Report on vaccination in Madras 1922-1929 - 1922-1929
Year: 1922
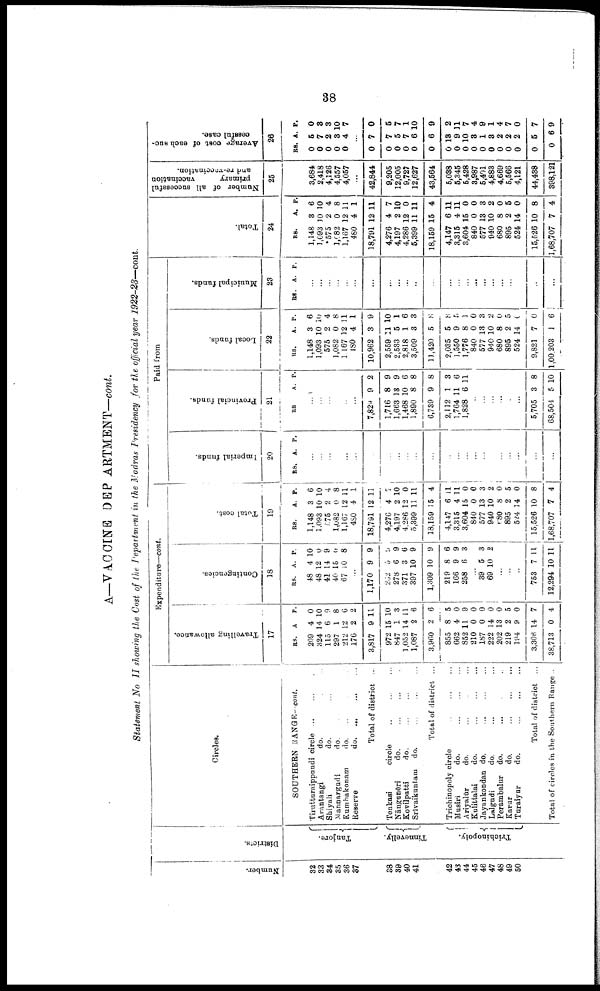
38
A—VACCINE DEPARTMENT—cont.
Statement No II showing the Cost of the Department in the Madras Presidency for the official year 1922-23—cont.
Number.
32
33
34
35
36
37
38
39
40
41
42
43
44
45
46
47
48
49
50
Districts.
Tanjore.
Tinnevelly.
Trichinopoly.
Circles.
SOUTHERN RANG E—cont.
Tirutturaippundi circle ... ... ...
Arantangi
do. ... ... ...
Shiyali
do. ... ... ...
Mannargudi
do. ... ... ...
Kumbakonam
do. ... ... ...
Reserve
do. ... ... ...
Total of district ...
Tenkasi
circle ... ... ...
Nāugunēri
do. ... ... ...
Kovilpatti
do. ... ... ...
Srīvaikuntam
do. ... ... ...
Total of district ...
Trichinopoly circle ... ... ...
Musiri
do. ... ... ...
Ariyalūr
do. ... ... ...
Kulittalai
do.
...
...
...
Jayankondan do. ... ... ...
Lalgudi
do. ... ... ...
Perambalur
do. ... ... ...
Karur
do.
...
...
...
Turaiyur
do.
...
...
...
Total of district ...
Total of circles in the Southern Range ..
Expenditure—cont.
Travelling allowance.
17
RS.
209
324
115
297
212
176
3,817
972
847
1,052
1,087
3,960
855
662
852
210
187
222
202
219
194
3,306
38,713
A.
4
14
6
1
12
2
9
15
1
14
2
2
8
4
11
0
0
14
13
2
9
14
0
P.
0
10
9
8
6
2
11
10
3
11
6
6
5
0
9
0
0
0
0
5
0
7
4
Contingencies.
18
RS.
48
48
41
40
67
A.
4
12
14
15
10
P.
10
0
9
0
8
...
1,170
262
278
371
397
1,309
219
166
258
9
5
6
3
10
10
8
9
6
9
9
9
6
9
9
6
9
3
...
39
69
5
10
3
2
...
...
...
753
12,294
7
10
11
11
Total cost.
19
RS.
1,148
1,093
575
1,082
1,167
480
18,791
4,276
4,197
4,286
5,399
18,159
4,147
3,315
3,604
840
577
940
680
895
524
15,526
1,68,707
A.
3
10
2
0
12
4
12
4
2
12
11
15
6
4
15
0
13
10
8
2
14
10
7
P.
6
10
4
8
11
1
11
7
10
0
11
4
11
11
0
0 3
2
0
5
0
8
4
Paid from
Imperial funds.
20
RS. A. P.
...
...
...
...
...
...
...
...
...
...
...
...
...
...
...
...
...
...
...
...
...
...
...
Provincial funds.
21
RS.
A. P.
...
...
...
...
...
...
7,829
1,716
1,663
1,468
1,890
6,739
2,112
1,764
1,828
9
8
13
10
8
9
1
11
6
2
9
9
6
8
8
3
6
11
...
...
...
...
...
...
5,705
68,504
3
5
8
10
Local funds.
22
RS.
1,148
1,093
575
1,082
1,167
480
10,962
2,559
2,533
2,818
3,509
11,420
2,035
1,550
1,776
840
577
940
680
895
524
9,821
1,00,203
A.
3
10
2
0
12
4
3
11
5
1
3
5
5
9
8
0
13
10
8
2
14
7
1
P.
6
10
4
8
11
1
9
10
1
6
3
8
8
5
1
0
3
2
0
5
0
0
6
Municipal funds.
23
RS. A. P.
...
...
...
...
...
...
...
...
...
...
...
...
...
...
...
...
...
...
...
...
...
...
...
Total.
24
RS.
1,148
1,093
575
1,082
1,167
480
18,791
4,276
4,197
4,286
5,399
18,159
4,147
3,315
3,604
840
577
940
680
895
524
15,526
1,68,707
A
3
10
2
0
12
4
12
4
2
12
11
15
6
4
15
0
13
10
8
2
14
10
7
P.
6
10
4
8
11
1
11
7
10
0
11
4
11
11
0
0
3
2
0
5
0
8
4
Number of all successful
primary
vaccination
and re-vaccination.
25
3,684
2,418
4,126
4,557
4,057
...
42,844
9,205
12,005
9,727
12,627
43,564
5,038
5,345
5,428
3,987
5,401
4,883
4,669
5,566
4,121
44,438
398,121
Average cost of each suc
cessful case.
26
RS.
0
0
0
0
0
A.
5
7
2
3
4
P.
0
3
3
10
7
...
0
0
0
0
0
0
0
0
0
0
0
0
0
0
0
0
0
7
7
5
7
6
6
13
9
10
3
1
3
2
2
2
5
6
0
5
7
1
10
9
2
11
7
4
9
1
4
7
0
7
9